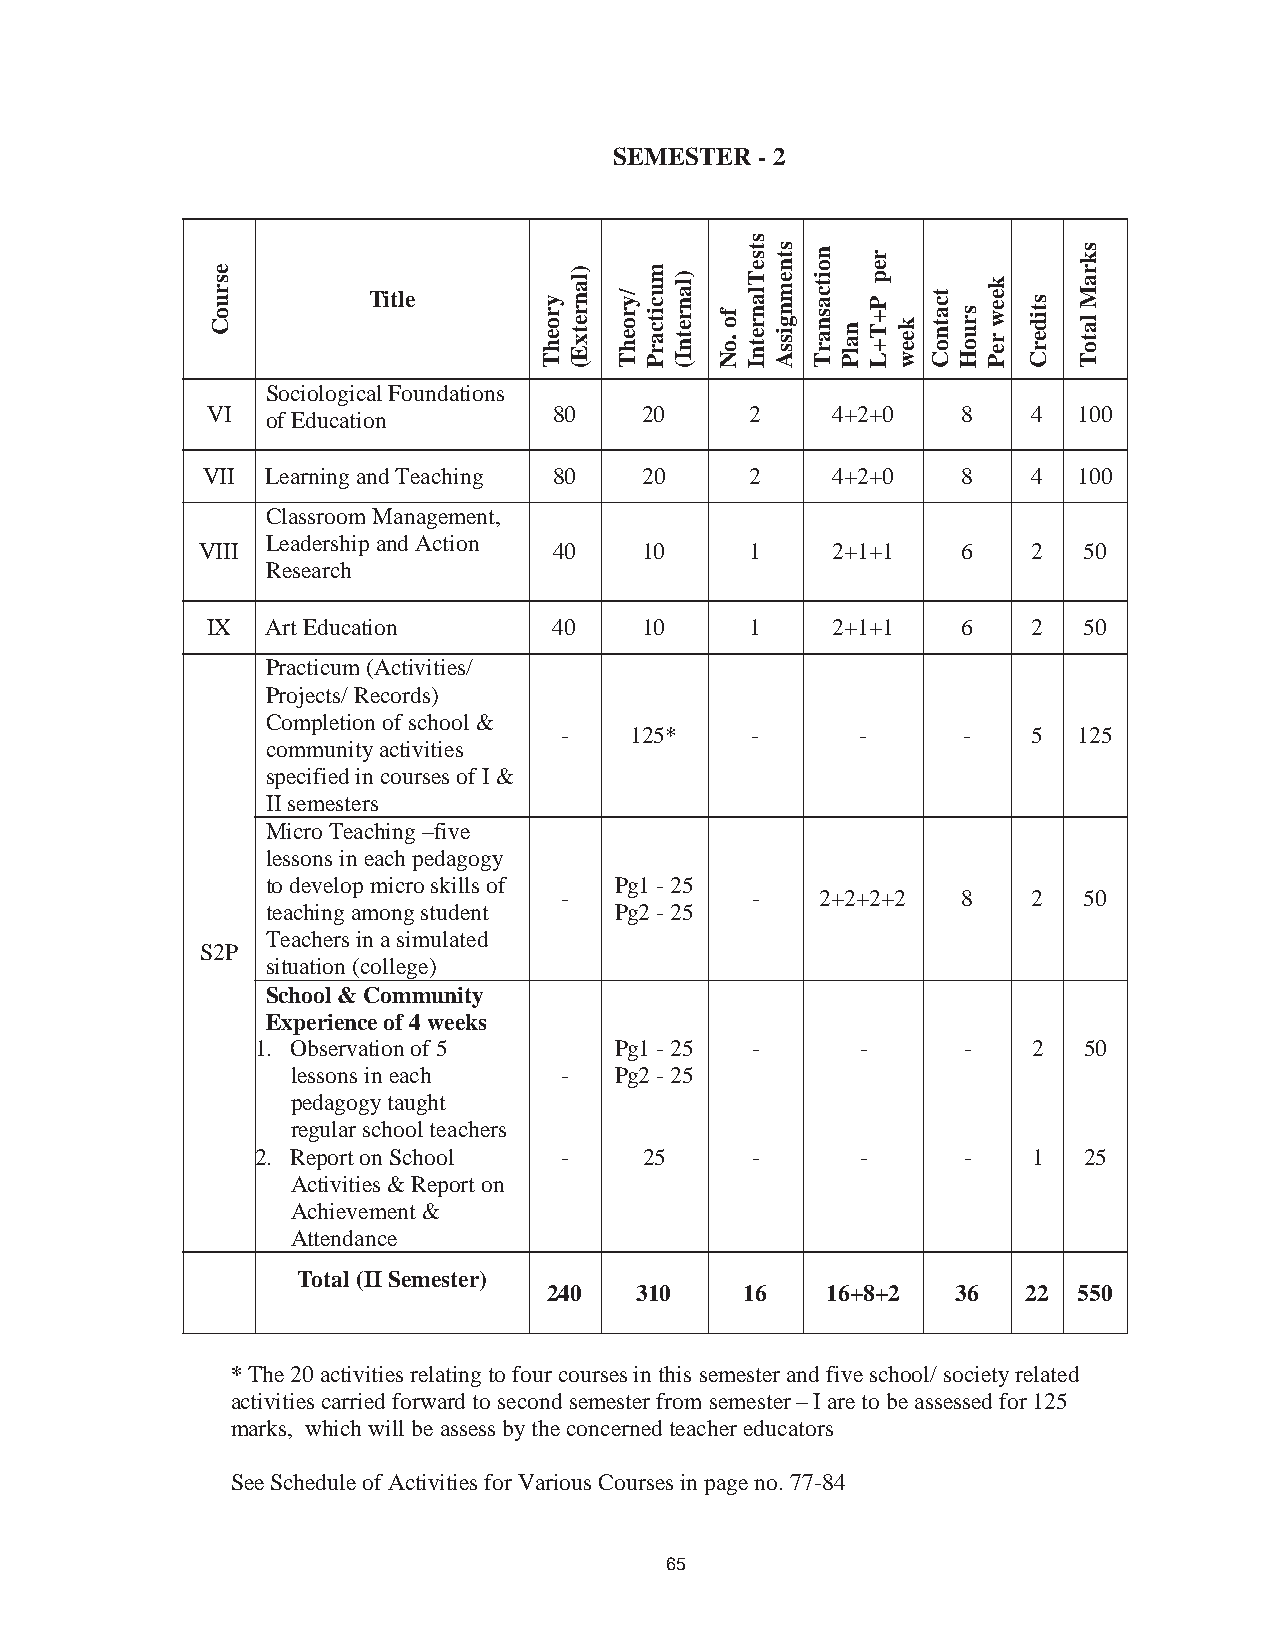
74
 SEMESTER - 2
 Title
 Sociological Foundations
 VI  of Education       80    20     2    4+2+0    8   4  100
 VII  Learning and Teaching 80 20     2    4+2+0    8   4  100
 Classroom Management,
 Leadership and Action
 VIII                    40    10     1    2+1+1    6   2   50
 Research
 IX  Art Education      40    10     1    2+1+1    6   2   50
 Practicum (Activities/
 Projects/ Records)
 Completion of school &
 -    125*    -      -      -   5  125
 community activities
 specified in courses of I &
 II semesters
 Micro Teaching –five
 lessons in each pedagogy
 to develop micro skills of Pg1 - 25
 -            -   2+2+2+2   8   2   50
 teaching among student Pg2 - 25
 Teachers in a simulated
 S2P
 situation (college)
 School & Community
 Experience of 4 weeks
 1. Observation of 5     Pg1 - 25 -      -      -   2   50
 lessons in each   -   Pg2 - 25
 pedagogy taught
 regular school teachers
 2. Report on School -     25     -      -      -   1   25
 Activities & Report on
 Achievement &
 Attendance
 Total (II Semester)
 240   310    16    16+8+2  36   22 550
 *The 20 activities relating to four courses in this semester and five school/ society related
 activities carried forward to second semester from semester – I are to be assessed for 125
 marks, which will be assess by the concerned teacher educators
 See Schedule of Activities for Various Courses in page no. 77-84
 65
 esruoC
 yroehT
 )lanretxE(
 /yroehT
 mucitcarP )lanretnI(
 fo
 .oN
 stseTlanretnI
 stnemngissA noitcasnarT
 nalP
 rep
 P+T+L
 keew
 tcatnoC
 sruoH
 keew
 reP
 stiderC
 skraM
 latoT